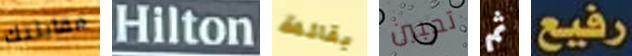
مقابلتك Hilton بقائمة تحبين ثم رفيع